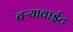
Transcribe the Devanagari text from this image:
बऱ्यावाईट